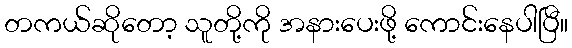
တကယ်ဆိုတော့ သူတို့ကို အနားပေးဖို့ ကောင်းနေပါပြီ။